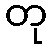
တု